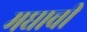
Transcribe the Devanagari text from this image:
मघाची